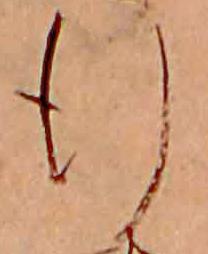
行